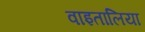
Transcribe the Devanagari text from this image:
वाइतालिया